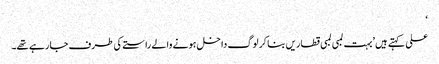
‘
علی کہتے ہیں ’بہت لمبی لمبی قطاریں بنا کر لوگ داخل ہونے والے راستے کی طرف جا رہے تھے۔